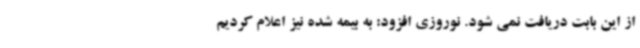
از این بابت دریافت نمی شود. نوروزی افزود: به بیمه شده نیز اعلام کردیم